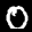
Label: 0